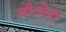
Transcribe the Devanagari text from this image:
थी।मेरी